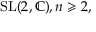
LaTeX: { \mathrm { S L } } ( 2 , \mathbb { C } ) , n \geqslant 2 ,